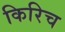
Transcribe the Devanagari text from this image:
किरिच